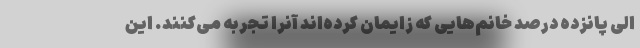
الی پانزده درصد خانم‌هایی که زایمان کرده‌اند آنرا تجربه می‌کنند. این